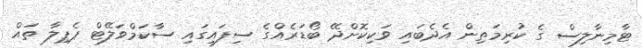
ޓާމިނާލިސް ގެ ކުރިމަތިން އެދެބައި ވަކިކޮށްދޭ ބޯޑަރެއްގެ ސިފައިގައި ސާކަމްވަލޭޓް ޕެޕިލާ ތައް